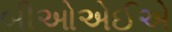
બીઓએઈએ